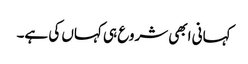
کہانی ابھی شروع ہی کہاں کی ہے۔